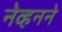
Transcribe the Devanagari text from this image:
नेव्हनने